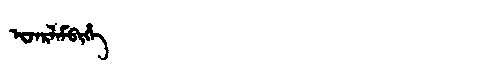
Manchu: ᡳᠵᠠᡵᠯᠠᠮᠪᡳᡥᡝ
Romanization: IJARLAMBIHE